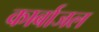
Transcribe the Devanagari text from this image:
कार्बाजल